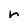
Character: r